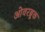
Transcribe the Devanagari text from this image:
ओवरब्रूक